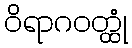
ဝိရာဂဝတ္ထုံ